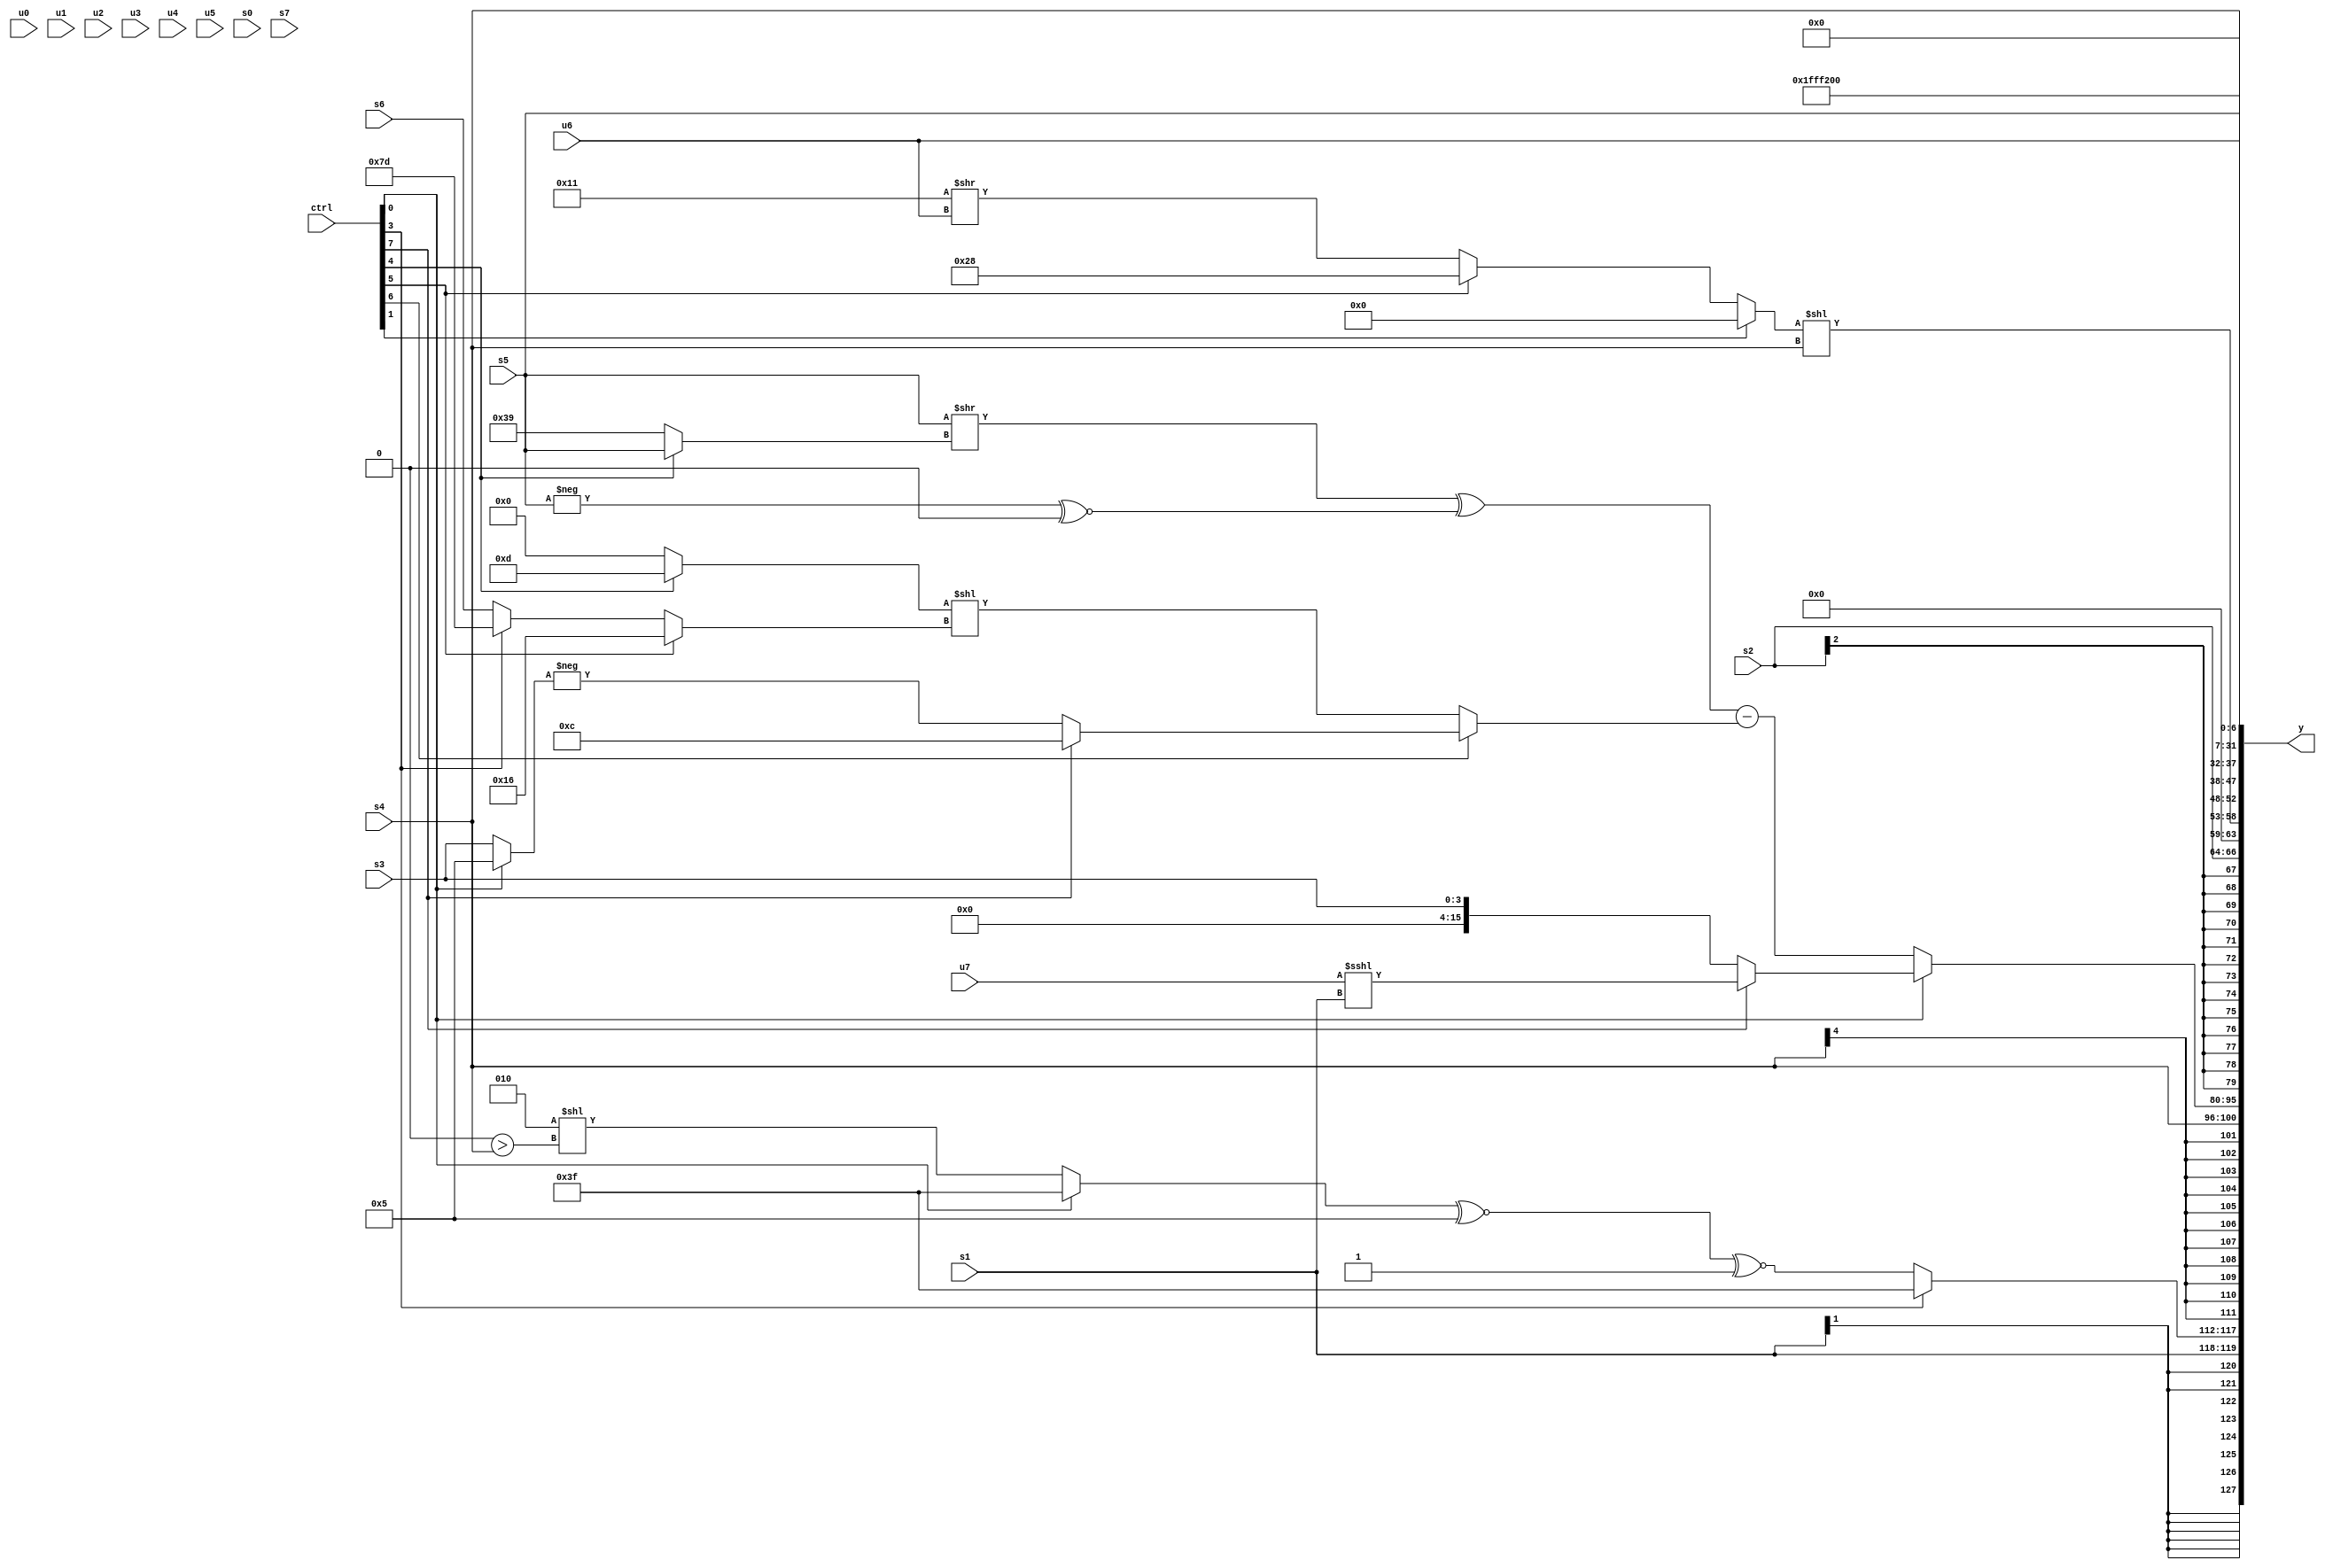
module wideexpr_00457(ctrl, u0, u1, u2, u3, u4, u5, u6, u7, s0, s1, s2, s3, s4, s5, s6, s7, y);
  input [7:0] ctrl;
  input [0:0] u0;
  input [1:0] u1;
  input [2:0] u2;
  input [3:0] u3;
  input [4:0] u4;
  input [5:0] u5;
  input [6:0] u6;
  input [7:0] u7;
  input signed [0:0] s0;
  input signed [1:0] s1;
  input signed [2:0] s2;
  input signed [3:0] s3;
  input signed [4:0] s4;
  input signed [5:0] s5;
  input signed [6:0] s6;
  input signed [7:0] s7;
  output [127:0] y;
  wire [15:0] y0;
  wire [15:0] y1;
  wire [15:0] y2;
  wire [15:0] y3;
  wire [15:0] y4;
  wire [15:0] y5;
  wire [15:0] y6;
  wire [15:0] y7;
  assign y = {y0,y1,y2,y3,y4,y5,y6,y7};
  assign y0 = $signed({s1,(ctrl[3]?(2'sb11)>>((3'sb101)&(1'sb0)):(((ctrl[0]?1'sb1:(-(2'sb10))<<((4'sb0000)>(s4))))^~(6'sb000101))^~(4'sb1111))});
  assign y1 = s4;
  assign y2 = (ctrl[0]?(ctrl[7]?(($signed($signed(u7)))<<<(+((2'sb01)&(5'sb10110))))<<<($signed(s1)):s3):($signed(((s5)>>((ctrl[4]?s5:4'sb1001)))^((-(s5))^~($signed(3'b000)))))-((ctrl[6]?(ctrl[7]?(ctrl[6]?$signed(4'sb1100):(ctrl[0]?6'sb100100:6'sb111011)):-((ctrl[0]?4'b0101:s3))):((ctrl[4]?(1'sb1)|(4'sb1101):(3'sb110)<<(6'sb111111)))<<((ctrl[5]?6'sb010110:(ctrl[3]?3'sb101:s6))))));
  assign y3 = (s2)<<(-(($signed({(ctrl[6]?((s5)&(3'sb111))^~(s4):(-(4'sb0110))-(+(5'sb01111)))}))>>(+(3'sb111))));
  assign y4 = {((ctrl[1]?(1'sb0)&(-(4'sb0111)):(ctrl[5]?(ctrl[1]?s1:6'sb101000):(5'sb10001)>>(u6))))<<(s4),s4};
  assign y5 = {$signed(s5)};
  assign y6 = 4'sb1001;
  assign y7 = u6;
endmodule